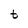
Character: t